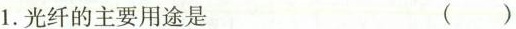
1.光纤的主要用途是 ()